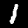
Digit: 1